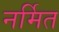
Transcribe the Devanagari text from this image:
नर्मित